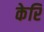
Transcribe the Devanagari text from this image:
केरि